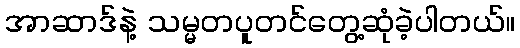
အာဆာဒ်နဲ့ သမ္မတပူတင်တွေ့ဆုံခဲ့ပါတယ်။